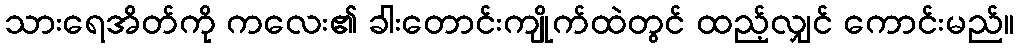
သားရေအိတ်ကို ကလေး၏ ခါးတောင်းကျိုက်ထဲတွင် ထည့်လျှင် ကောင်းမည်။